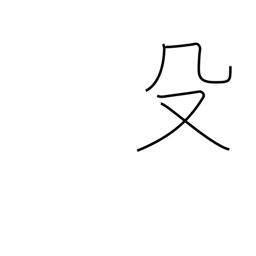
Meaning: pike